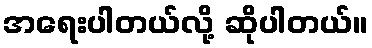
အရေးပါတယ်လို့ ဆိုပါတယ်။